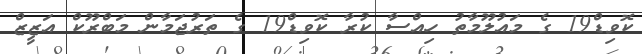
ކޮވިޑް19 ގެ މައުލޫމާތު ހިއްސާ ކުރާ ކޮވިޑް19 ގެ ތަރުޖަމާން މަބްރޫކް އަޒީޒް